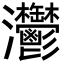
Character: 灪